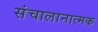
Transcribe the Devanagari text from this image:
संचालानात्मक